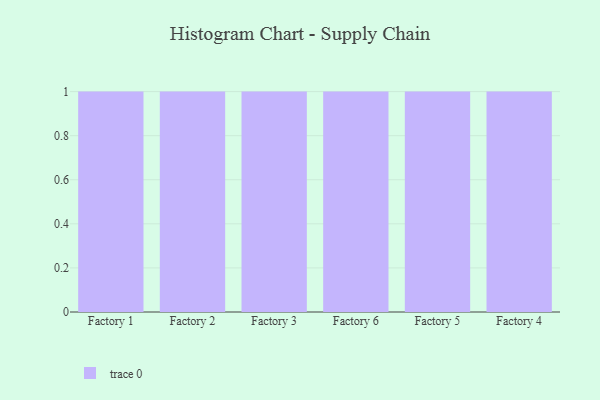
{"axis": {"x": "Factory", "y": "Waste Production (Tons)"}, "legend": [""], "data": [{"x": "Factory 1", "y": 78, "type": ""}, {"x": "Factory 2", "y": 98, "type": ""}, {"x": "Factory 3", "y": 88, "type": ""}, {"x": "Factory 6", "y": 58, "type": ""}, {"x": "Factory 5", "y": 53, "type": ""}, {"x": "Factory 4", "y": 14, "type": ""}]}